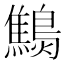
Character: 𪆔